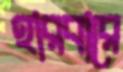
হারবারে